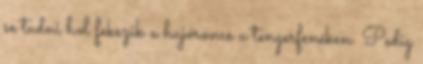
se tudni hol fekszik a hajóroncs a tengerfenéken. Pedig